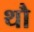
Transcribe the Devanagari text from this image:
थौ